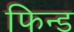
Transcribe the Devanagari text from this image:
फिन्ड